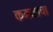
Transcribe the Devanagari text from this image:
कमळाचा